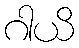
ဂါယိ